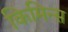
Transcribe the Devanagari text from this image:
किमिन्स